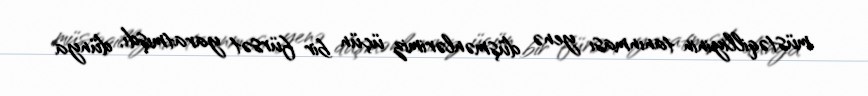
müstəqilliyinin tanınması yenə düşmənlərimiz üçün bir fürsət yaratmışdı, dünya